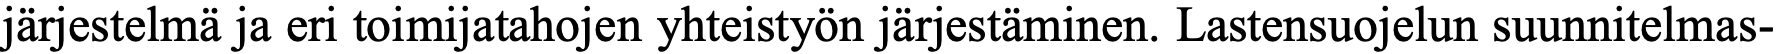
järjestelmä ja eri toimijatahojen yhteistyön järjestäminen. Lastensuojelun suunnitelmas-